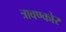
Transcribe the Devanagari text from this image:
त्रावण्कोर